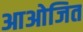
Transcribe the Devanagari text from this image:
आओजित